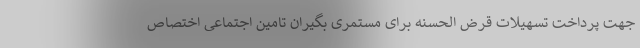
جهت پرداخت تسهیلات قرض الحسنه برای مستمری بگیران تامین اجتماعی اختصاص